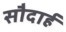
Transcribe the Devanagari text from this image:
सौदार्ह